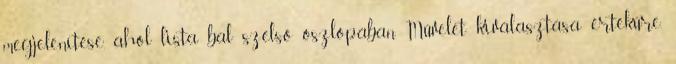
megjelenítése, ahol lista bal szélső oszlopában Művelet kiválasztása értékűre.